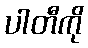
ပါတီကို